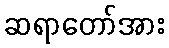
ဆရာတော်အား